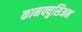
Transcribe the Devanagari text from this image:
कानफ्युसिअन